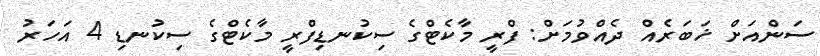
ސަންއަށް ޚަބަރެއް ދެއްވުމަށް: ފްރީ މާކެޓްގެ ސިކުނޑިފްރީ މާކެޓްގެ ސިކުނޑި 4 އަހަރު